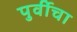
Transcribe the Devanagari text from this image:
पुर्वीचा